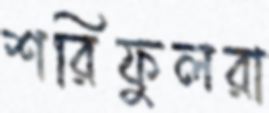
শরিফুলরা